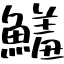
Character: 鱃